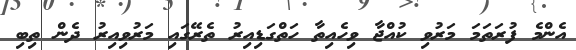
އެންމެ ފުރަތަމަ މަރުވި ކުއްޖާ ވިހެއިތާ ހަތްގަޑިއިރު ތެރޭގައި މަރުވިއިރު ދެން ތިބި